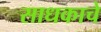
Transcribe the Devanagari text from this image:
साधकाचे